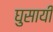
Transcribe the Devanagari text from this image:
घुसायी